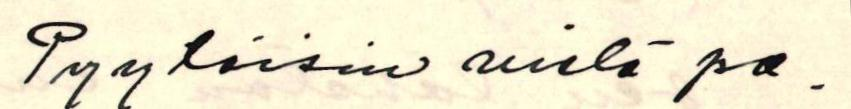
Pyytäisin vielä pa-